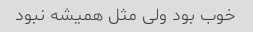
خوب بود ولی مثل همیشه نبود